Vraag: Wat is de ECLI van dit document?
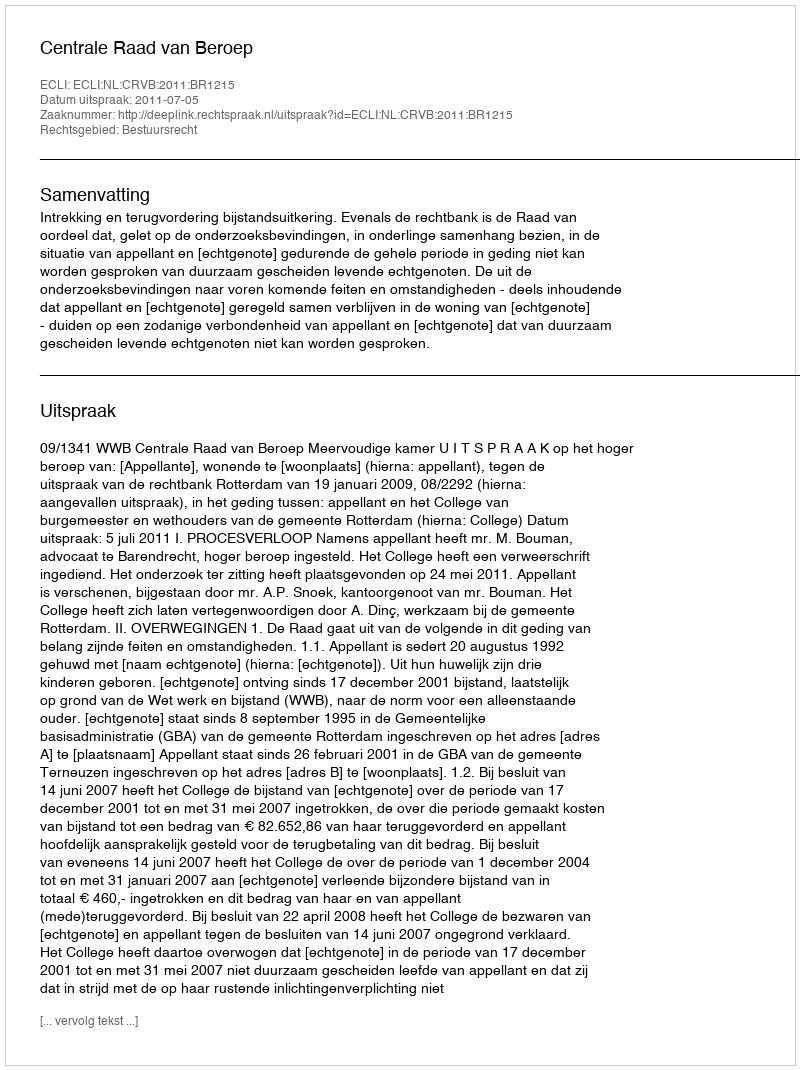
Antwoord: ECLI:NL:CRVB:2011:BR1215